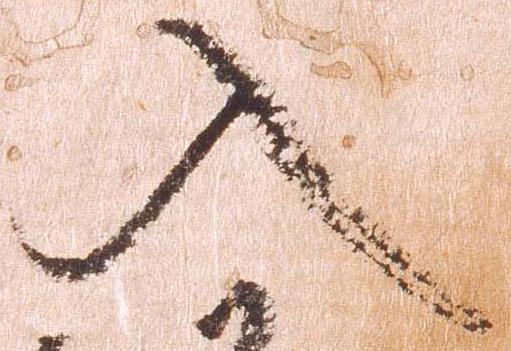
入